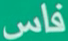
فاس